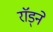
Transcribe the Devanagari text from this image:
राॅड्ने